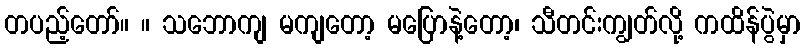
တပည့်တော်။ ။ သဘောကျ မကျတော့ မပြောနဲ့တော့၊ သီတင်းကျွတ်လို့ ကထိန်ပွဲမှာ